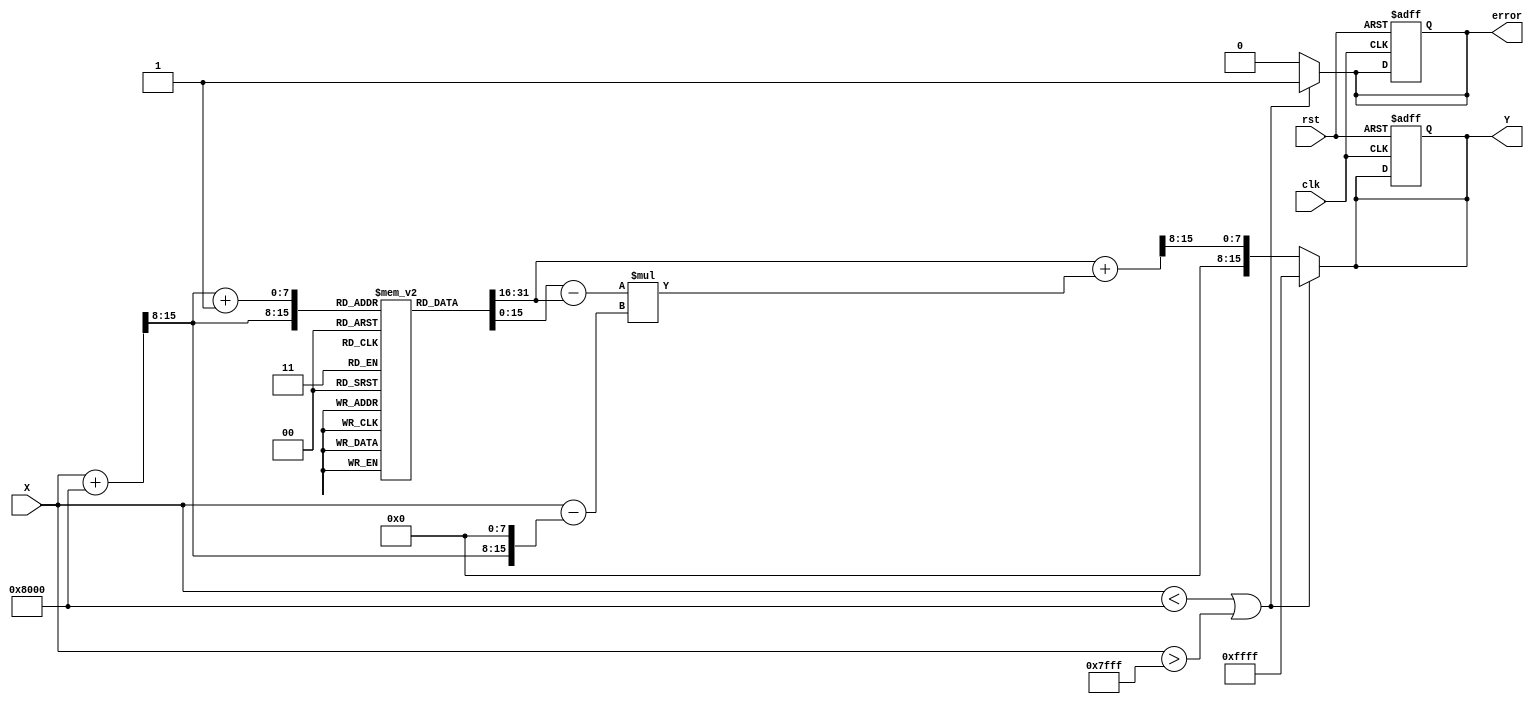
module asin_block (
    input wire clk,
    input wire rst,
    input wire [15:0] X, // Input signal in fixed-point format
    output reg [15:0] Y, // Output signal in fixed-point format
    output reg error      // Error signal
);

    // Parameters
    parameter LUT_SIZE = 256; // Size of the LUT
    parameter LUT_WIDTH = 16;  // Width of LUT entries
    parameter FIXED_POINT_FRACTIONAL_BITS = 12; // Fractional bits for fixed-point representation

    // LUT for asin values (precomputed)
    reg [LUT_WIDTH-1:0] lut [0:LUT_SIZE-1];

    // Internal signals
    reg [7:0] index; // LUT index
    reg [7:0] index_next; // Next index for interpolation
    reg [LUT_WIDTH-1:0] lut_value1, lut_value2; // LUT values for interpolation
    reg [LUT_WIDTH-1:0] lut_interp; // Interpolated value
    reg signed [LUT_WIDTH-1:0] delta; // Difference for interpolation
    reg signed [LUT_WIDTH-1:0] fraction; // Fractional part for interpolation

    // Initialize LUT with precomputed asin values
    initial begin
        // Populate the LUT with precomputed asin values (in fixed-point format)
        // Example values for demonstration purposes
        lut[0] = 16'h8000; // asin(-1) = -/2
        lut[1] = 16'hFC90; // asin(-0.99) ~ -1.5608
        lut[2] = 16'hFC00; // asin(-0.98) ~ -1.5608
        // ... (populate the rest of the LUT)
        lut[255] = 16'h0000; // asin(1) = 0
    end

    // Combinational logic for LUT indexing and interpolation
    always @(*) begin
        if (X < 16'h8000 || X > 16'h7FFF) begin // Check if X is out of range
            error = 1'b1; // Set error signal
            Y = 16'hFFFF; // Return NaN or error code
        end else begin
            error = 1'b0; // Clear error signal
            // Scale input X to fit LUT index
            index = (X + 16'h8000) >> (16 - 8); // Scale to [0, 255]
            index_next = index + 1;

            // Get LUT values for interpolation
            lut_value1 = lut[index];
            lut_value2 = lut[index_next];

            // Calculate the fractional part for interpolation
            fraction = X - (index << (16 - 8)); // Get the fractional part in fixed-point

            // Perform linear interpolation
            delta = lut_value2 - lut_value1;
            lut_interp = lut_value1 + (delta * fraction) >> (16 - 8); // Interpolation

            // Assign the interpolated value to output
            Y = lut_interp;
        end
    end

    // Sequential logic for reset and output
    always @(posedge clk or posedge rst) begin
        if (rst) begin
            Y <= 16'h0000; // Reset output
            error <= 1'b0; // Clear error signal
        end
    end

endmodule